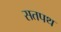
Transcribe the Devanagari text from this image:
सतपथ